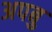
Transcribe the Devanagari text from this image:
अपबु